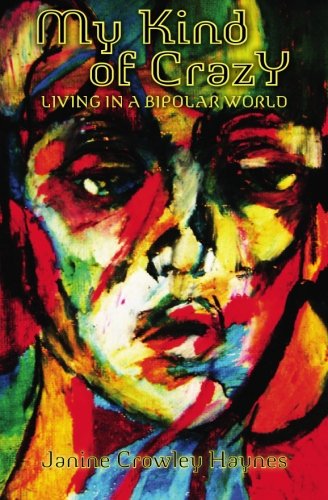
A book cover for My Kind of Crazy: Living in a Bipolar World; Janine Crowley Haynes; Health, Fitness & Dieting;